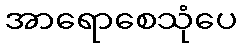
အာရောစေသုံပေ